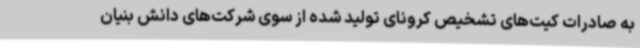
به صادرات کیت‌های تشخیص کرونای تولید شده از سوی شرکت‌های دانش بنیان